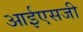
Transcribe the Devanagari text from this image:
आईएसजी